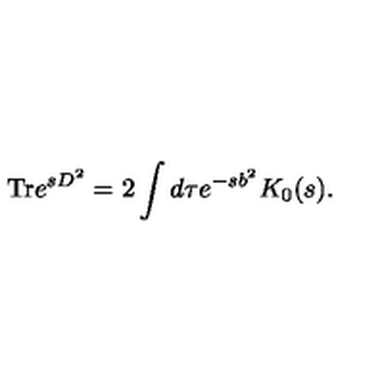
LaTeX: \mathrm { T r } e ^ { s D ^ { 2 } } = 2 \int d \tau e ^ { - s b ^ { 2 } } K _ { 0 } ( s ) .